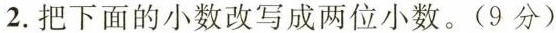
2. 把下面的小数改写成两位小数。(9分)